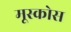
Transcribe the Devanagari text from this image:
मूस्कोस